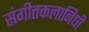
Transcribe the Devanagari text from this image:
संगीतकलानिधी